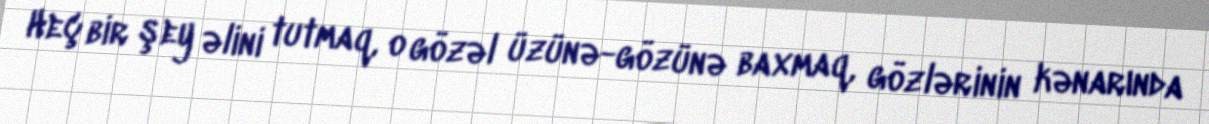
Heç bir şey əlini tutmaq, o gözəl üzünə-gözünə baxmaq, gözlərinin kənarında